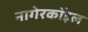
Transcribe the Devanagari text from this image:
नागेरकॉइल